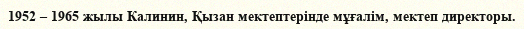
1952 – 1965 жылы Калинин, Қызан мектептерінде мұғалім, мектеп директоры.